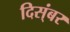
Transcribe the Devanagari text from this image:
दिस्ंबर